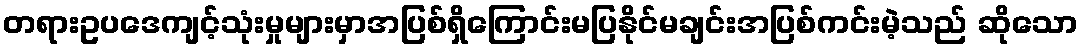
တရားဥပဒေကျင့်သုံးမှုများမှာအပြစ်ရှိကြောင်းမပြနိုင်မချင်းအပြစ်ကင်းမဲ့သည် ဆိုသော